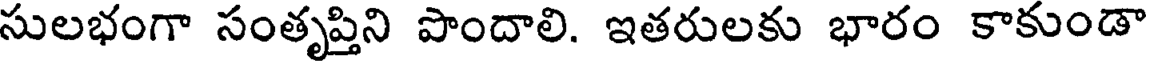
సులభంగా సంతృప్తిని పొందాలి. ఇతరులకు భారం కాకుండా